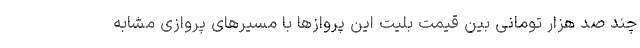
چند صد هزار تومانی بین قیمت بلیت این پروازها با مسیرهای پروازی مشابه